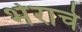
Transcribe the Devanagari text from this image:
भेराचे